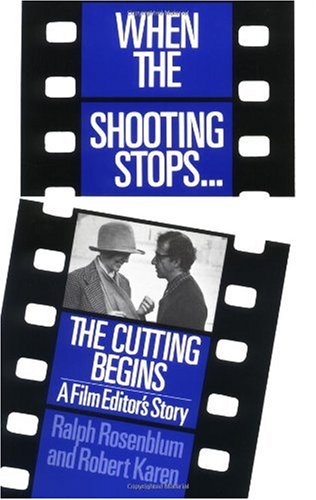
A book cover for When The Shooting Stops ... The Cutting Begins: A Film Editor's Story (Da Capo Paperback); Ralph Rosenblum; Humor & Entertainment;